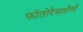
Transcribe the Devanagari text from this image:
फोतोरेसप्तोर्स